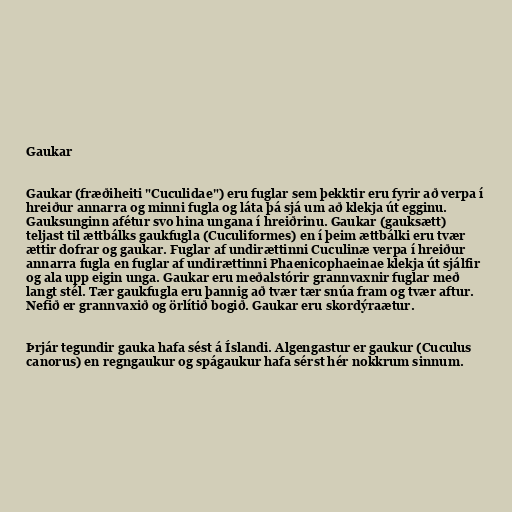
Gaukar

Gaukar (fræðiheiti "Cuculidae") eru fuglar sem þekktir eru fyrir að verpa í
hreiður annarra og minni fugla og láta þá sjá um að klekja út egginu.
Gauksunginn afétur svo hina ungana í hreiðrinu. Gaukar (gauksætt)
teljast til ættbálks gaukfugla (Cuculiformes) en í þeim ættbálki eru tvær
ættir dofrar og gaukar. Fuglar af undirættinni Cuculinæ verpa í hreiður
annarra fugla en fuglar af undirættinni Phaenicophaeinae klekja út sjálfir
og ala upp eigin unga. Gaukar eru meðalstórir grannvaxnir fuglar með
langt stél. Tær gaukfugla eru þannig að tvær tær snúa fram og tvær aftur.
Nefið er grannvaxið og örlítið bogið. Gaukar eru skordýraætur.

Þrjár tegundir gauka hafa sést á Íslandi. Algengastur er gaukur (Cuculus
canorus) en regngaukur og spágaukur hafa sérst hér nokkrum sinnum.